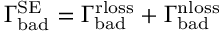
\Gamma _ { \mathrm { b a d } } ^ { \mathrm { S E } } = \Gamma _ { \mathrm { b a d } } ^ { \mathrm { r l o s s } } + \Gamma _ { \mathrm { b a d } } ^ { \mathrm { n l o s s } }